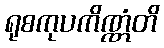
ရုစကုပကိဏ္ဏံတိ